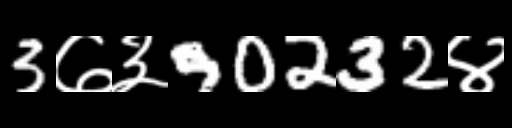
Text: 3७३90232४